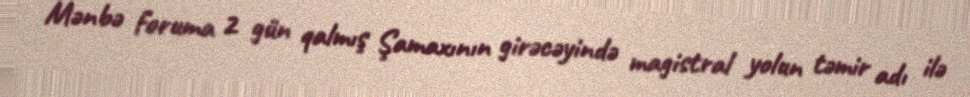
Mənbə foruma 2 gün qalmış Şamaxının girəcəyində magistral yolun təmir adı ilə